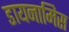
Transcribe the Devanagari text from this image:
डायनामिस